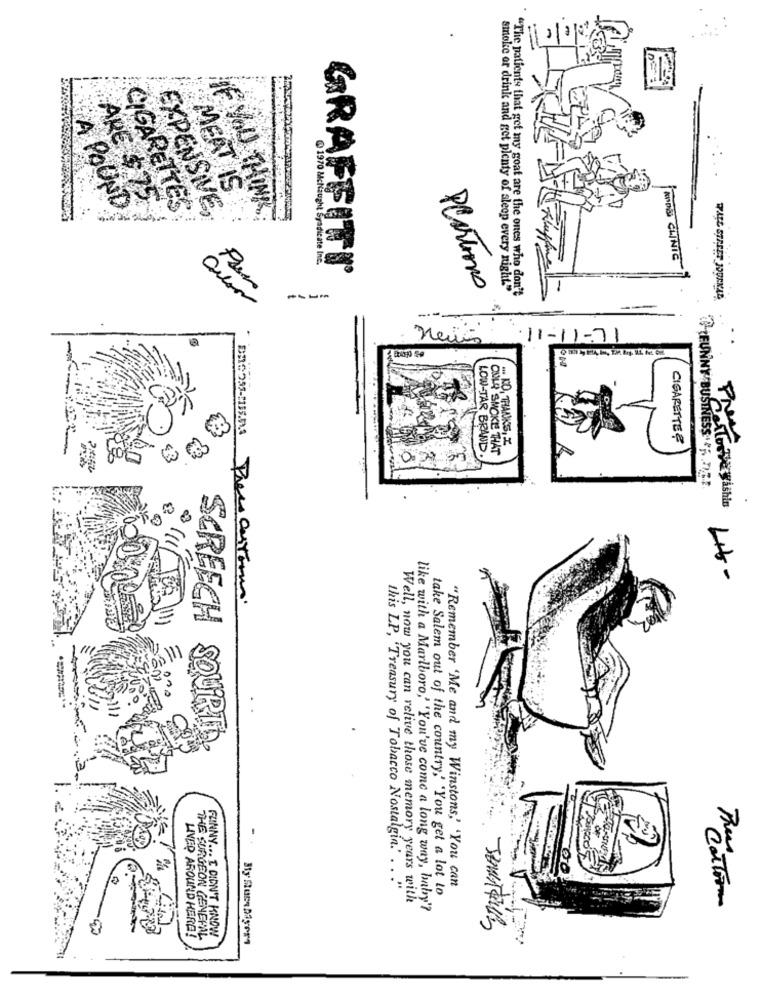
MEAT IS
A POUND
ARE $75
EXPENSIVE,
IF YOU THINK
CIGARETTES
@ 1970 Mackaught Syndicate
KIDS CLINIC
GRAFFITI
PlasTimo
smoke or drink and get plenty of sleep every night."
"The patients that get my goat are the ones who don't
neuis
11-11-71
FUNNY BUSINES
CIGARETTER
LOW-TAR BRAND.
ONLY SMOKE THAT
: KO, THANKS, I
0
USINESS- PF. DET.
aTo Vey ishis
20
Lit-
Preci contorno.
SCREECH
SQUIRT
this LP, 'Treasury of Tobacco Nostalgin.' . .
"Remember 'Me and my Winstons,' 'You can
take Salem out of the country,' 'You get a lot to
Well, now you can relive those memory years with
like with a Marlboro,' 'You've come a long way, baby'?
Tattoo
FUNNY ... I DIDN'T KNOW
LIVER AROUND HERE!
THE SURGEON GENERAL